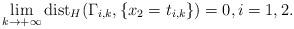
LaTeX: \begin{align*}\lim_{k\to+\infty}\mbox{dist}_H(\Gamma_{i,k},\{x_2=t_{i,k}\})=0,i=1,2.\end{align*}